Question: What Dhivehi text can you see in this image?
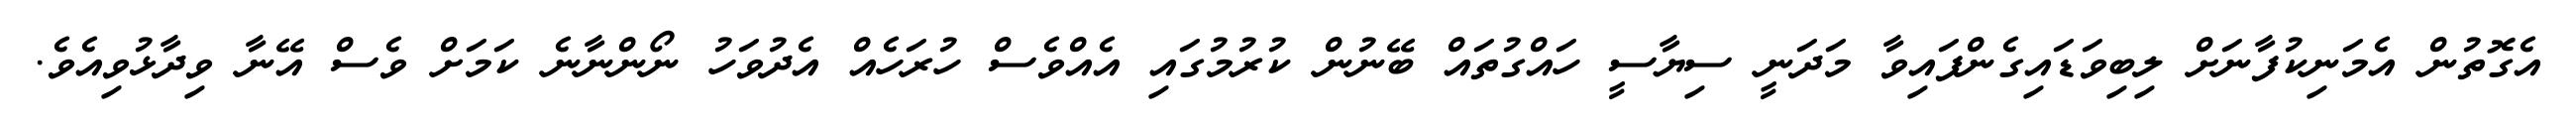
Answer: އެގޮތުން އެމަނިކުފާނަށް ލިބިވަޑައިގެންފައިވާ މަދަނީ ސިޔާސީ ހައްގުތައް ބޭނުން ކުރުމުގައި އެއްވެސް ހުރަހެއް އެދުވަހު ނޯންނާނެ ކަމަށް ވެސް އޭނާ ވިދާޅުވިއެވެ.